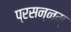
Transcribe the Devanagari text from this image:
प्रसन्नम्